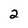
Character: 2